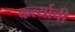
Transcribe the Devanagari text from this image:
कर्त्याची